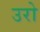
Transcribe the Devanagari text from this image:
उरो